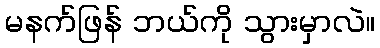
မနက်ဖြန် ဘယ်ကို သွားမှာလဲ။